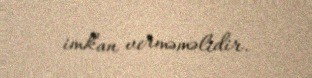
imkan verməməlidir.